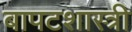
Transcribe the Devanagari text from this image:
बापटशास्त्री